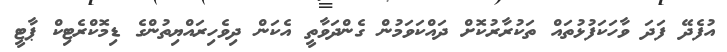
އުފެދޭ ފަދަ ވާހަކަފުޅުތައް ތަކުރާރުކޮށް ދައްކަވަމުން ގެންދަވާތީ އެކަން ދިވެހިރައްޔިތުންގެ ޑިމޮކްރެޓިކް ޕާޓީ